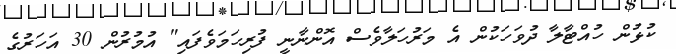
ކުޅުން ހުއްޓާލާ ދުވަހަކުން އެ މަރުހަލާވެސް އޮންނާނީ ފުރިހަމަވެފައި" އުމުރުން 30 އަހަރުގެ